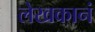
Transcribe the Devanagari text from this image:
लेखकानं